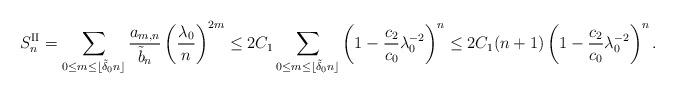
LaTeX: \begin{align*}S_{n}^{\operatorname{II}}=\sum_{0\leq m\leq\lfloor\tilde{\delta}_{0}n\rfloor}\frac{a_{m,n}}{\tilde{b}_{n}}\left( \frac{\lambda_{0}}{n}\right) ^{2m}\leq2C_{1}\sum_{0\leq m\leq\lfloor\tilde{\delta}_{0}n\rfloor}\left(1-\frac{c_{2}}{c_{0}}\lambda_{0}^{-2}\right) ^{n}\leq2C_{1}(n+1)\left(1-\frac{c_{2}}{c_{0}}\lambda_{0}^{-2}\right) ^{n}. \end{align*}